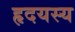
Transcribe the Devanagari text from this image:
हृदयस्य